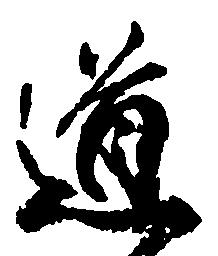
道